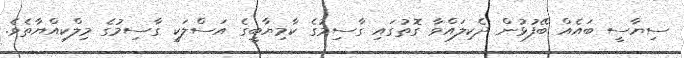
ސިޔާސީ ބައެއް ބޭފުޅުން ދެކިލައްވާ ގޮތުގައި ގާސިމުގެ ކާމިޔާބީގެ އަސްލަކީ ގާސިމުގެ މިލްކިއްޔާތެވެ.